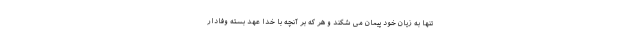
تنها به زيان خود پيمان مى شكند و هر كه بر آنچه با خدا عهد بسته وفادار